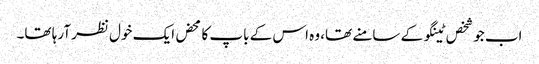
اب جو شخص ٹینگو کے سامنے تھا، وہ اس کے باپ کا محض ایک خول نظر آرہا تھا۔